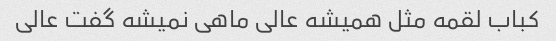
کباب لقمه مثل همیشه عالی ماهی نمیشه گفت عالی